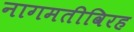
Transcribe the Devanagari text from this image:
नागमतीविरह